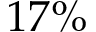
1 7 \%